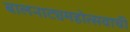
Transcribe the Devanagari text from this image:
बालनाट्यमहोत्सवाची